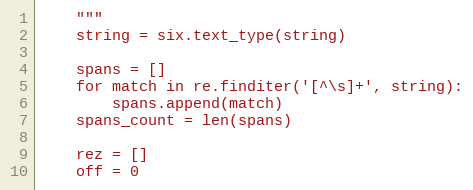
Language: Python
    """
    string = six.text_type(string)

    spans = []
    for match in re.finditer('[^\s]+', string):
        spans.append(match)
    spans_count = len(spans)

    rez = []
    off = 0